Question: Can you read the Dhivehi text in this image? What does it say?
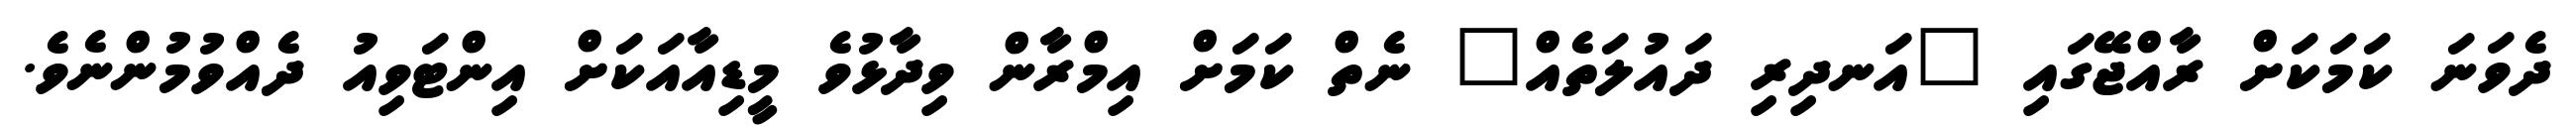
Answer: ދެވަނަ ކަމަކަށް ރާއްޖޭގައި "އަނދިރި ދައުލަތެއް" ނެތް ކަމަށް އިމްރާން ވިދާޅުވެ މީޑިއާއަކަށް އިންޓަވިއު ދެއްވުމުންނެވެ.